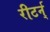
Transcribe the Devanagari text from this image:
रीटर्न्